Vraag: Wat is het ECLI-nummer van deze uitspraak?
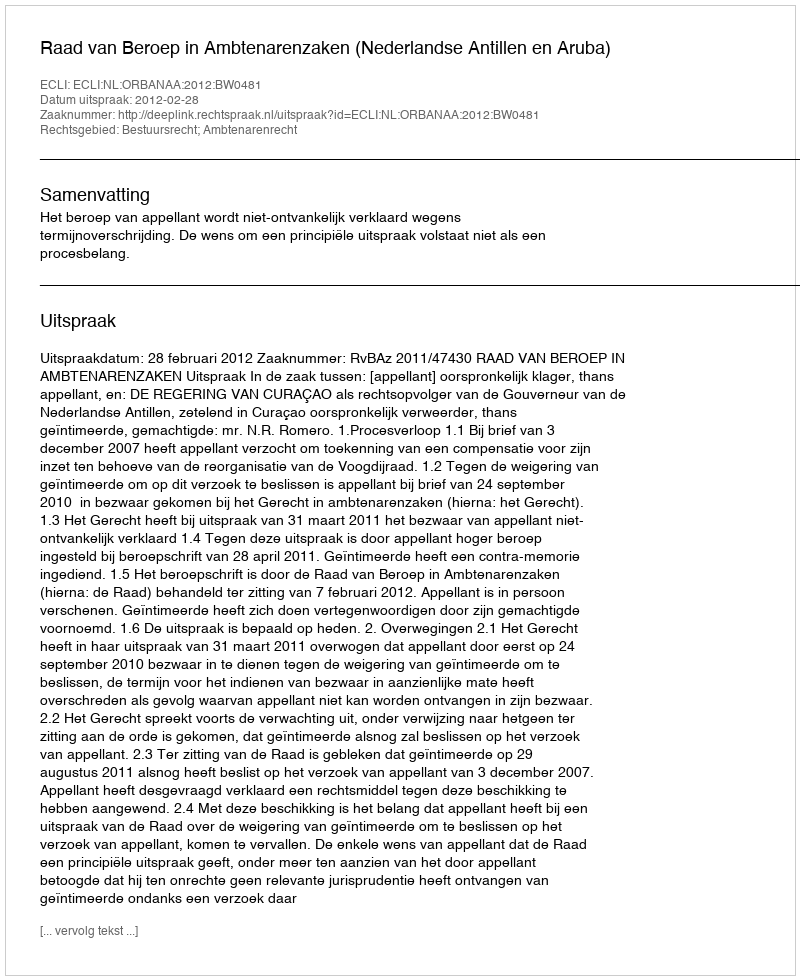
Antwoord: ECLI:NL:ORBANAA:2012:BW0481